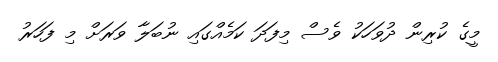
މީގެ ކުރިން ދުވަހަކު ވެސް މިފަދަ ކަމެއްގައި ނުބަލާ ވަރަށް މި ފަހަރު